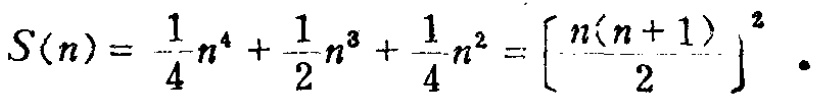
\[S(n)=\frac{1}{4}n^{4}+\frac{1}{2}n^{3}+\frac{1}{4}n^{2}=\left[\frac{n(n + 1)}{2}\right]^{2}.\]